Indian journal of veterinary science and animal husbandry - Volume 9,
Year: 1939
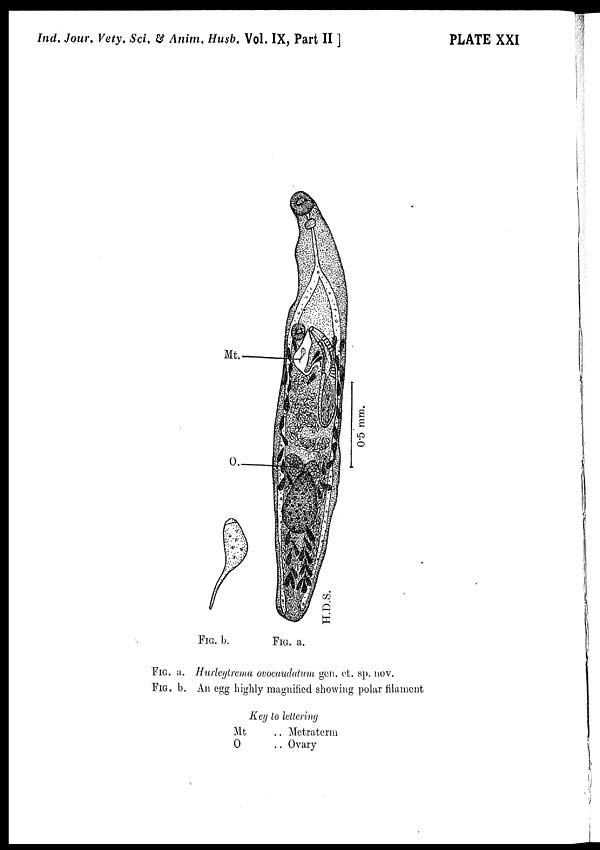
Ind. Jour. Vety. Sci.& Anim. Husb. Vol. IX, Part II ]
PLATE XXI
FIG. a. Hurleytrema ovocaudatum gen. ct. sp. nov.
FIG. b. An egg highly magnified showing polar filament
Key to lellering
Mt
O
..
..
Metraterm
Ovary